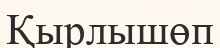
Қырлышөп